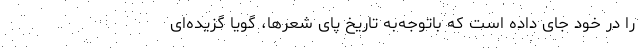
را در خود جای داده است که باتوجه‌به تاریخِ پای شعرها، گویا گُزیده‌ای